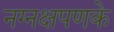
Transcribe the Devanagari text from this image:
नग्नक्षपणके